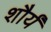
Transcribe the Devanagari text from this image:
शौर्यं